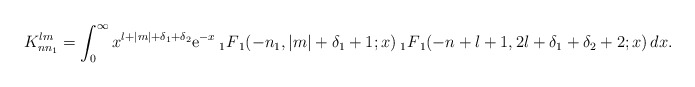
\begin{align*}K_{nn_1}^{lm} = \int_{0}^{\infty} x^{l+|m|+\delta_1+\delta_2} {\rm e}^{-x}\> {_1F}_1(-n_1 , |m|+\delta_1+1 ; x)\> {_1F}_1(-n+l+1, 2l+\delta_1+\delta_2 + 2 ; x) \, dx.\end{align*}